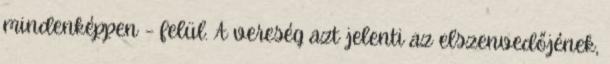
mindenképpen – felül. A vereség azt jelenti az elszenvedőjének,